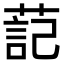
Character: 䓽